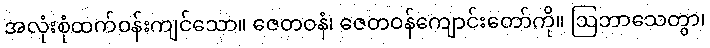
အလုံးစုံထက်ဝန်းကျင်သော။ ဇေတဝနံ၊ ဇေတဝန်ကျောင်းတော်ကို။ ဩဘာသေတွာ၊